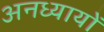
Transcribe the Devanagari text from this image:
अनध्यायों